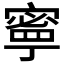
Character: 𫝱